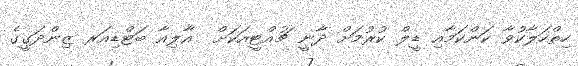
ހިތްހަލާކުވާ ކަންކަމާއި ޑީލް ކުރުމަށް ދާނީ ޗުއްޓީއަކަށް  އާލިއާ ބަޓްޑިއަރ ޒިންދަގީގެ